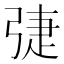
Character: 𢏵